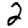
Digit: 2